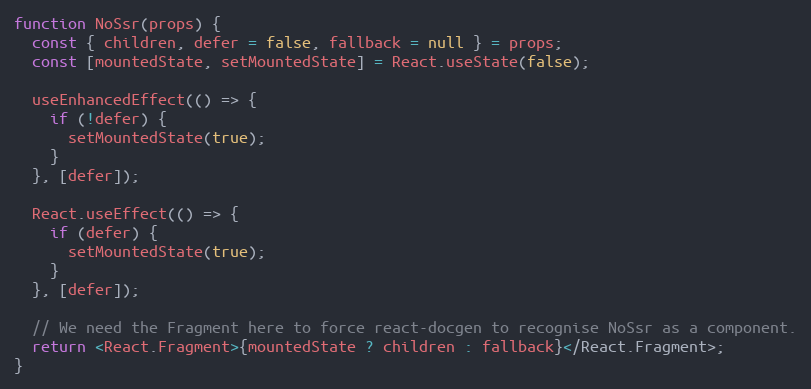
Language: JavaScript
function NoSsr(props) {
  const { children, defer = false, fallback = null } = props;
  const [mountedState, setMountedState] = React.useState(false);

  useEnhancedEffect(() => {
    if (!defer) {
      setMountedState(true);
    }
  }, [defer]);

  React.useEffect(() => {
    if (defer) {
      setMountedState(true);
    }
  }, [defer]);

  // We need the Fragment here to force react-docgen to recognise NoSsr as a component.
  return <React.Fragment>{mountedState ? children : fallback}</React.Fragment>;
}